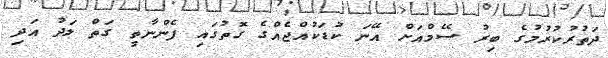
ދަތުރުކުރުމުގެ ބިރު ސޭމްއަށް އޭނަ ކުޑަކުއްޖެއްގެ ގޮތުގައި ފެންނާތީ ގަތް ލަދު އަދި